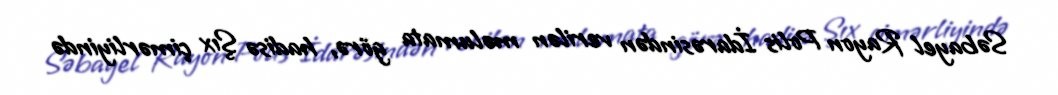
Səbayel Rayon Polis İdarəsindən verilən məlumata görə, hadisə Şıx çimərliyində